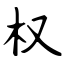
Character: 权